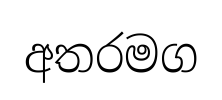
අතරමග